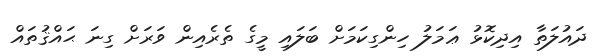
ދައުލަތާ އިދިކޮޅު ޢަމަލު ހިންގިކަމަށް ބަލައި މީގެ ތެރެއިން ވަރަށް ގިނަ ޙައްޤުތައް